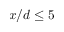
x / d \leq 5